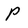
Character: P